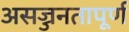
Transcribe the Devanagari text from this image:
असज्जनतापूर्ण